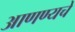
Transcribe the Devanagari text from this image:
आणण्यचे